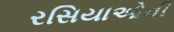
રસિયાઓની